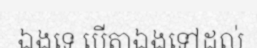
ឯងទេ បើតាឯងទៅដល់